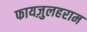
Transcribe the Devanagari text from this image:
फायज़ुलहराम